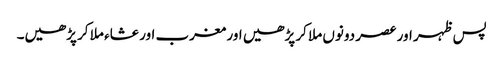
پس ظہر اور عصر دونوں ملا کر پڑھیں اور مغرب اور عشاء ملا کر پڑھیں۔